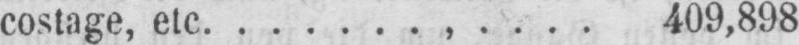
costage, etc. ......,.... 409,898